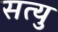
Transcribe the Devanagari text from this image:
सत्यु